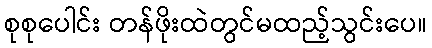
စုစုပေါင်း တန်ဖိုးထဲတွင်မထည့်သွင်းပေ။